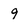
Character: 9